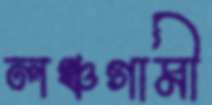
লঞ্চগামী